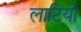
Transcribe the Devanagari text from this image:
लाटियो